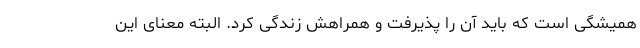
همیشگی است که باید آن را پذیرفت و همراهش زندگی کرد. البته معنای این